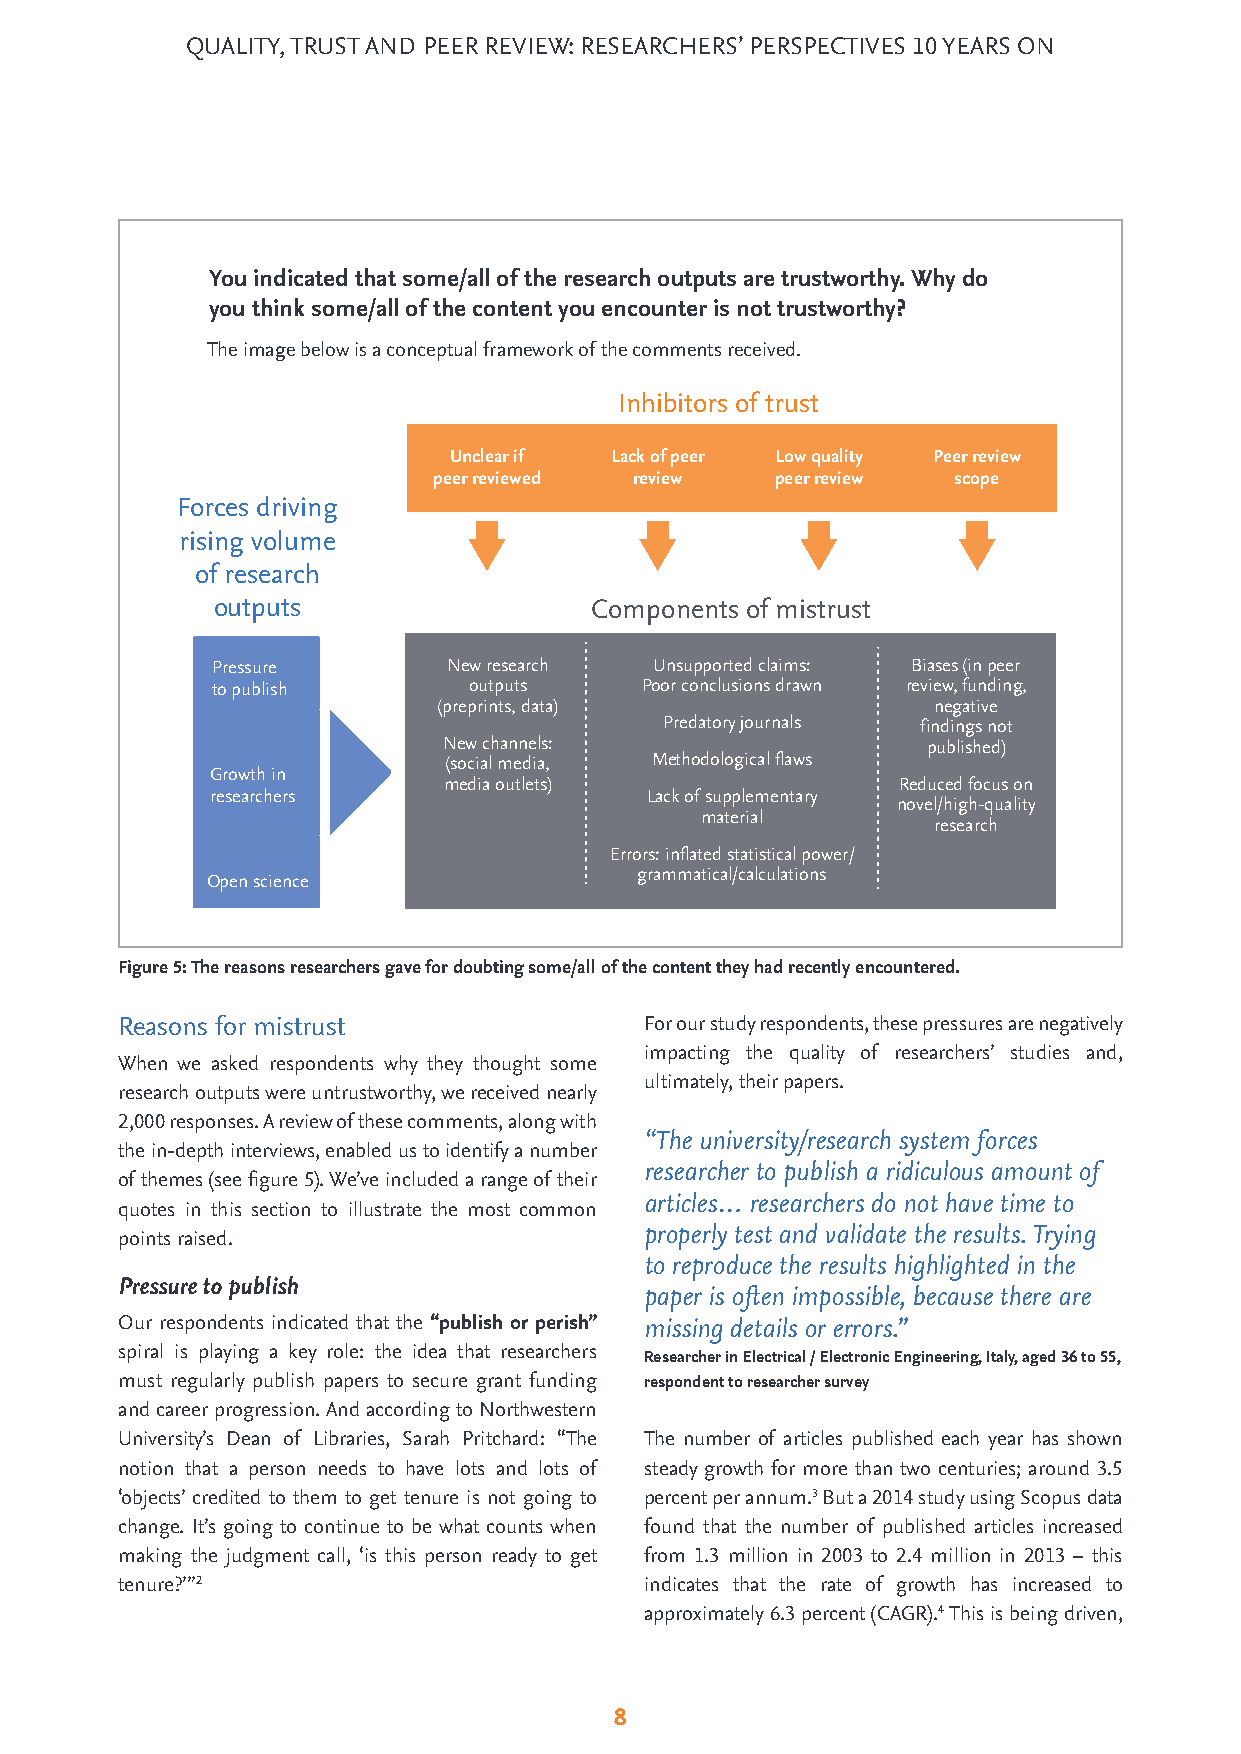
QUALITY, TRUST AND PEER REVIEW: RESEARCHERS’ PERSPECTIVES 10 YEARS ON
 You indicated that some/all of the research outputs are trustworthy. Why do
 you think some/all of the content you encounter is not trustworthy?
 The image below is a conceptual framework of the comments received.
 Inhibitors of trust
 Unclear if Lack of peer Low quality Peer review
 peer reviewed review  peer review scope
 Forces driving
 rising volume
 of research
 outputs                  Components of mistrust
 Pressure        New research Unsupported claims: Biases (in peer
 to publish       outputs    Poor conclusions drawn review, funding,
 (preprints, data)                negative
 Predatory journals findings not
 New channels:                   published)
 (social media, Methodological flaws
 Growth in
 media outlets)                Reduced focus on
 researchers                  Lack of supplementary
 novel/high-quality
 material
 research
 Errors: inflated statistical power/
 grammatical/calculations
 Open science
 Figure 5: The reasons researchers gave for doubting some/all of the content they had recently encountered.
 Reasons for mistrust               For our study respondents, these pressures are negatively
 impacting the quality of researchers’ studies and,
 When we asked respondents why they thought some
 ultimately, their papers.
 research outputs were untrustworthy, we received nearly
 2,000 responses. A review of these comments, along with
 “The university/research system forces
 the in-depth interviews, enabled us to identify a number
 researcher to publish a ridiculous amount of
 of themes (see figure 5). We’ve included a range of their
 articles… researchers do not have time to
 quotes in this section to illustrate the most common
 points raised.                     properly test and validate the results. Trying
 to reproduce the results highlighted in the
 Pressure to publish
 paper is often impossible, because there are
 Our respondents indicated that the “publish or perish” missing details or errors.”
 spiral is playing a key role: the idea that researchers
 Researcher in Electrical / Electronic Engineering, Italy, aged 36 to 55,
 must regularly publish papers to secure grant funding respondent to researcher survey
 and career progression. And according to Northwestern
 University’s Dean of Libraries, Sarah Pritchard: “The The number of articles published each year has shown
 notion that a person needs to have lots and lots of steady growth for more than two centuries; around 3.5
 ‘objects’ credited to them to get tenure is not going to percent per annum.3 But a 2014 study using Scopus data
 change. It’s going to continue to be what counts when found that the number of published articles increased
 making the judgment call, ‘is this person ready to get from 1.3 million in 2003 to 2.4 million in 2013 – this
 tenure?’”2                         indicates that the rate of growth has increased to
 approximately 6.3 percent (CAGR).4 This is being driven,
 8